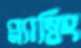
প্ল্যাম্বিং